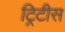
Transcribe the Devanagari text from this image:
ट्रिटीस